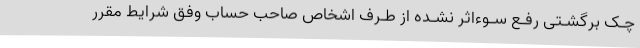
چـک برگشـتی رفـع سـوءاثر نشـده از طـرف اشخاص صاحب حساب وفق شرایط مقرر